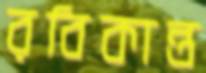
রবিকান্ত